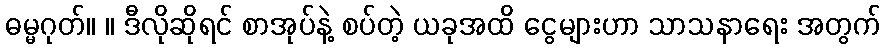
ဓမ္မဂုတ်။ ။ ဒီလိုဆိုရင် စာအုပ်နဲ့ စပ်တဲ့ ယခုအထိ ငွေများဟာ သာသနာရေး အတွက်